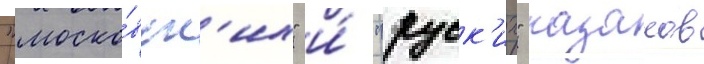
"моско́вск'их" и́ "руск'их" казаков